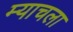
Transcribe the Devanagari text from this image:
म्याचला